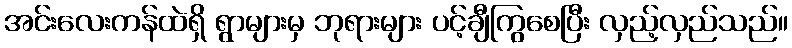
အင်းလေးကန်ထဲရှိ ရွာများမှ ဘုရားများ ပင့်ချီကြွစေပြီး လှည့်လှည်သည်။